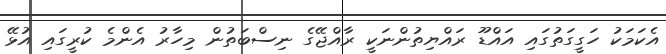
އެކަމަކު ހަގީގަތުގައި އައްޑޫ ރައްޔިތުންނަކީ ރާއްޖޭގެ ނިސްބަތުން މިހާރު އެންމެ ކުރީގައި އުޅޭ